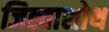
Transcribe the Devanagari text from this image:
जिह्वाशोथ